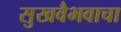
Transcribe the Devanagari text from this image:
सुखवैभवाचा